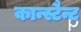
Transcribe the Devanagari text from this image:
कान्स्टैन्ट